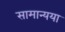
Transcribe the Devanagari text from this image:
सामान्यया